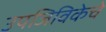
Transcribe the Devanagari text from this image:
उपजिविकेचे